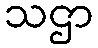
သဌာ